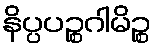
နိပ္ပပဉ္စဂါမိဉ္စ